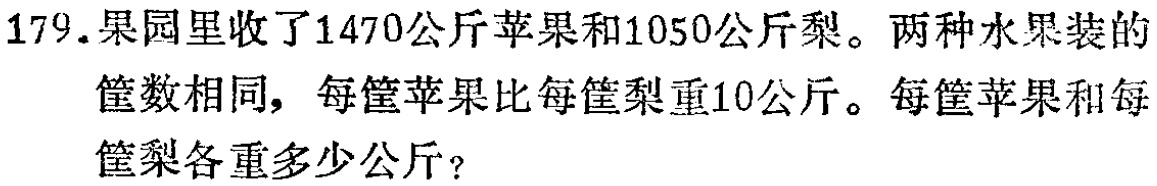
179.果园里收了1470公斤苹果和1050公斤梨。两种水果装的
筐数相同，每筐苹果比每筐梨重10公斤。每筐苹果和每
筐梨各重多少公斤？